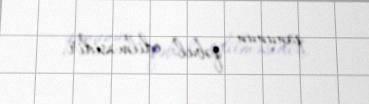
qanunun qəbul edilməsidir.